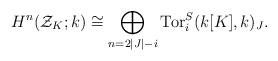
LaTeX: \begin{align*}H^n(\mathcal{Z}_K;k) \cong \bigoplus_{n=2|J|-i} \operatorname{Tor}^S_i(k[K],k)_J.\end{align*}